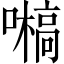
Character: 𡂀